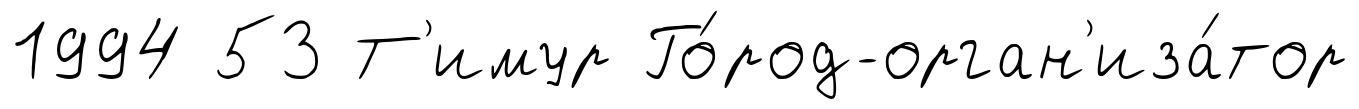
1994 53 Т'имур Го́род-орган'иза́тор